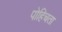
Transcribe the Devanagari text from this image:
पोहिचता